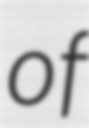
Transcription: of